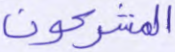
المشركون